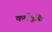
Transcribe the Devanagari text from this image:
कर्मभूमि।